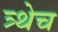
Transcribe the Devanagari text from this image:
त्र्थेच